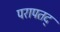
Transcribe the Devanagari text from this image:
परापतद्